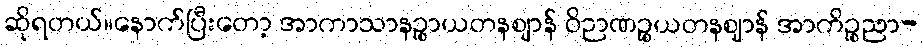
ဆိုရတယ်။နောက်ပြီးတော့ အာကာသာနဉ္စာယတနဈာန် ဝိဉာဏဉ္စယတနဈာန် အာကိဉ္စညာ-